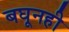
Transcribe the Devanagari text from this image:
बघूनही